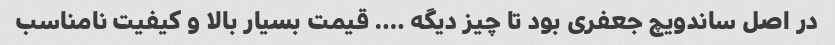
در اصل ساندویچ جعفری بود تا چیز دیگه …. قیمت بسیار بالا و کیفیت نامناسب